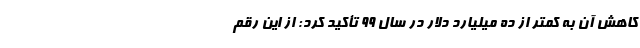
کاهش آن به کمتر از ده میلیارد دلار در سال ۹۹ تأکید کرد: از این رقم